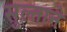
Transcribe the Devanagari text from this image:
सुल्ताने